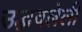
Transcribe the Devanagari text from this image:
उद्भवलेली